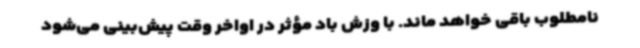
نامطلوب باقی خواهد ماند. با وزش باد مؤثر در اواخر وقت پیش‌بینی می‌شود